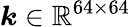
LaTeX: \boldsymbol{k}\in\mathbb{R}^{64\times 64}